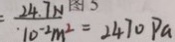
= \frac { 2 4 . 7 N } { 1 0 ^ { - 2 } m ^ { 2 } } = 2 4 7 0 P a